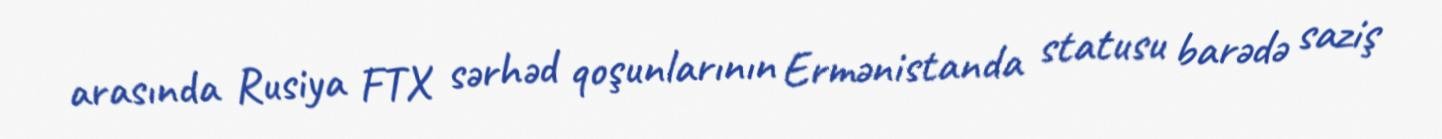
arasında Rusiya FTX sərhəd qoşunlarının Ermənistanda statusu barədə saziş